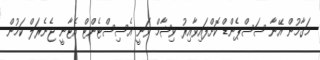
މަގާމުން އޭނާ ސަސްޕެންޑް ކޮށްފައިވާއިރު ވިޝާމް ވަނީ އެސިސްޓެންޓް އެޓާނީ ޖެނެރަލް ކަމުން